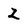
Character: 2